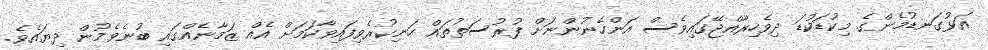
އަޅުގަނޑުމެންގެ މިކުޑަކުޑަ ދިވެހިރާއްޖޭގައިވެސް އަންހެނުންނަށް ފުރުސަތުތައް ހަނިކުރެވިފައިވާކަމަށް އެއް ޒަމާނެއްގައި ބުނެވެމުން ދިޔައެވެ.